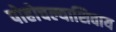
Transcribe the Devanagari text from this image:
पोहोचल्याशिवाय